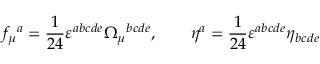
f _ { \mu } { } ^ { a } = \frac { 1 } { 2 4 } \varepsilon ^ { a b c d e } \Omega _ { \mu } { } ^ { b c d e } , \qquad \eta ^ { a } = \frac { 1 } { 2 4 } \varepsilon ^ { a b c d e } \eta _ { b c d e }